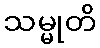
သမ္မုတိ